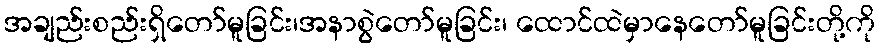
အချည်းစည်းရှိတော်မူခြင်း၊အနာစွဲတော်မူခြင်း၊ ထောင်ထဲမှာနေတော်မူခြင်းတို့ကို